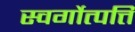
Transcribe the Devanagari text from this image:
स्वर्गोत्पत्ति